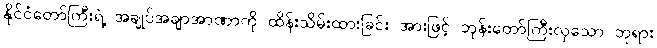
နိုင်ငံတော်ကြီးရဲ့ အချုပ်အချာအာဏာကို ထိန်းသိမ်းထားခြင်း အားဖြင့် ဘုန်းတော်ကြီးလှသော ဘုရား